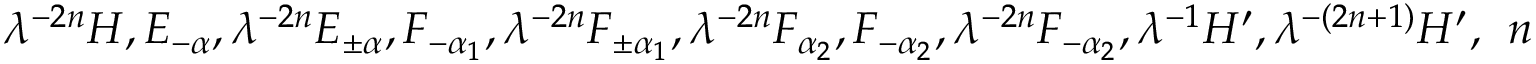
\lambda ^ { - 2 n } H , E _ { - \alpha } , \lambda ^ { - 2 n } E _ { \pm \alpha } , F _ { - \alpha _ { 1 } } , \lambda ^ { - 2 n } F _ { \pm \alpha _ { 1 } } , \lambda ^ { - 2 n } F _ { \alpha _ { 2 } } , F _ { - \alpha _ { 2 } } , \lambda ^ { - 2 n } F _ { - \alpha _ { 2 } } , \lambda ^ { - 1 } H ^ { \prime } , \lambda ^ { - ( 2 n + 1 ) } H ^ { \prime } , ~ ~ n > 0